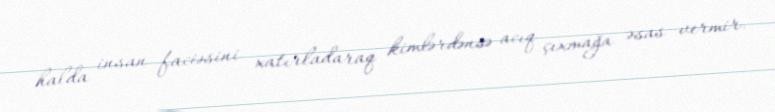
halda insan faciəsini xatırladaraq kimlərdənsə acıq çıxmağa əsas vermir.